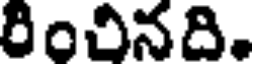
రించినది.